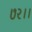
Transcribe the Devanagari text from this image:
७२।।